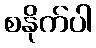
စနိုက်ပါ